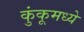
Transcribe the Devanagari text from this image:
कुंकूमध्ये